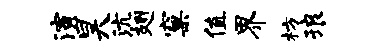
演昊沆翅窠值界枋琅